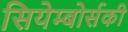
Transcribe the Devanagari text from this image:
सियेम्बोर्सकी